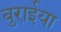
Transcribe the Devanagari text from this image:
बुरार्इया